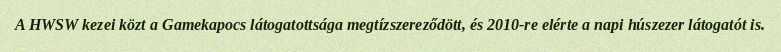
A HWSW kezei közt a Gamekapocs látogatottsága megtízszereződött, és 2010-re elérte a napi húszezer látogatót is.